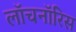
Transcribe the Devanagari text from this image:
लॉचनॉरिस